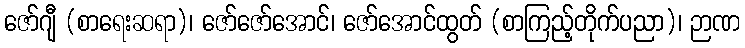
ဇော်ဂျီ (စာရေးဆရာ)၊ ဇော်ဇော်အောင်၊ ဇော်အောင်ထွတ် (စာကြည့်တိုက်ပညာ)၊ ဉာဏ